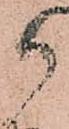
御